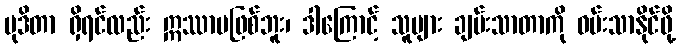
မုဒိတာ ရှိရင်လည်း ဣဿာမဖြစ်ဘူး၊ ဒါကြောင့် သူများ ချမ်းသာတာကို ဝမ်းသာနိုင်ဖို့